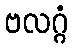
ဗလဂ္ဂံ